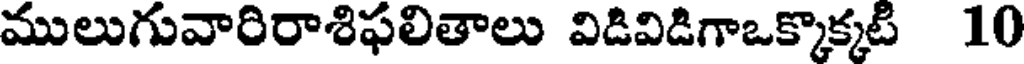
ములుగువారిరాశిఫలితాలు విడివిడిగాఒక్కొక్కట 10